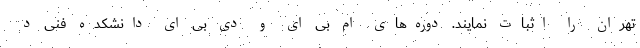
تهران را اثبات نمایند. دوره‌های ام بی ای و دی بی ای دانشکده فنی د